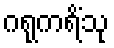
ဂရုကရိံသု